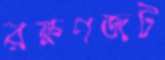
রক্ষণজট